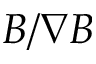
B / \nabla B